Report on sanitation, dispensaries, and jails in Rajputana for 1909, and on vaccination for the year 1909-1910 - 1909-1910
Year: 1909
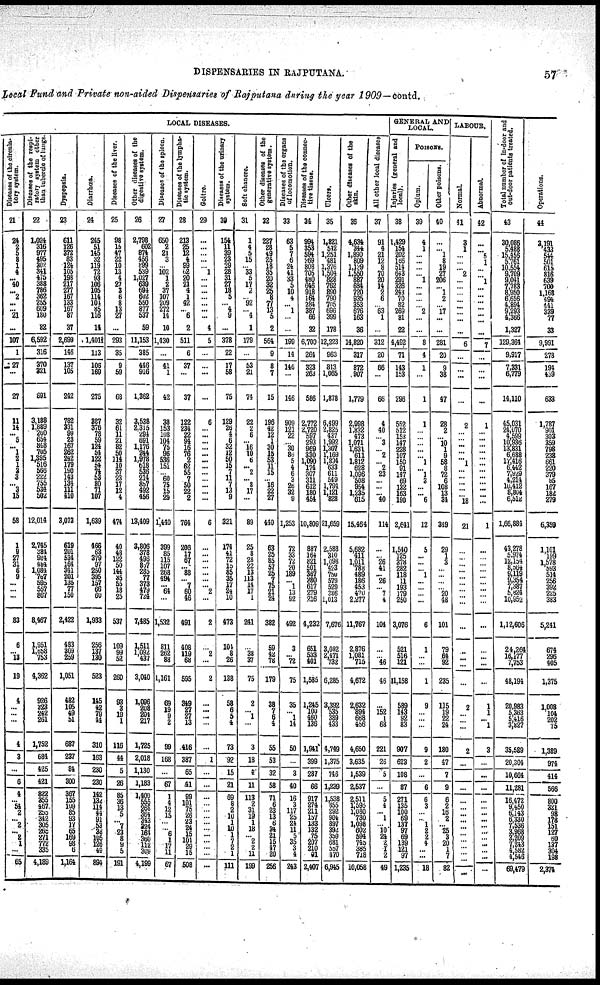
DISPENSARIES IN RAJPUTANA.
57
Local Fund and Private non-aided Dispensaries of Rajputana during the year 1909—contd.
LOCAL DISEASES.
Diseases
of the circula¬
tory system.
21
24
2
5
8
1
4
... 40
... 2
...
... 21
...
107
1
27
...
27
11
14
... 5
...
1 2
1
2 3
...
3 15
58
1
9
27
31
6
9 ...
...
...
83
6
...
13
19
4
...
... ...
4
3
...
6
4
... 54
2
...
2
...
2
1
... 65
Diseases of the respi¬
ratory system other
than tubercle of lunge.
22
1,024
316
977
495
302
341
475
388
786
362
255
609
180
82
6,592
316
370
321
891
3,188
1,889
260
654 848
705
1,395 516
566
222 755
554 502
12,014
2,745
384
984
484
1,084
767
595
557
867
8,467
1,951
1,658
753
4,362
926
323
242
261
1,752
684
425
421
822
355
467
255
342
305
265
271
772
335
4,189
Dyspepsia.
23
611
126
372
83
124
105 198
217
277
167 133
167
87
37
2,699
146
137
105
242
782 331
99 23
167
262
242 179
190 143
134
111 410
3,073
619
201
534
164
341
201
135
77
150
2,422
483
309
259
1,051
482
105
49
51
687
237
84
300
367
155
109
85
93
17
65
169
98
6
1,164
Diarrhœa.
24
245
51
145
32
119 72
93
106
105
114
104
85
116
14
1,4011
113
108
169
275
387 376
78
59
124
54
122
54
74
53
80
71
107
1,639
466
63
379
97
250
395
157
66
60
1,933
256
137
130
523
145
42
79
44
310
163
230
230
142
132
114
44
91
53
38
105
126
49
894
Diseases of the liver.
25
98
15
47 22
10
13
4
27
3
6
8
13
27
...
293
35
9
59
68
32
61
11
21
82
50
114
10
37
23
17
12
4
474
40
48
122
50
144
35
55 18
25
537
109
99
52
260
93
3
19
1
116
44
5
26
85
36 13
5
...
7 23
8
9
5
191
Other diseases of the
digestive system.
26
2,798
602
874
456
899
539
1,027 639
694
602
550
877
537
59
11,153
385
446
916
1,362
3,538
2,315
294
691
1,176
244
1,978
618
536
214
857 492
456
13,409
3,806
378
496
857
285
77 373
479 724
7,485
1,511
1,092
437
3,040
1,096
208
204
1,725
2,018
1,130
1,183
1,400 555
268
364 343 324 164
360
112
309
4,199
Diseases
of the spleen.
27
650
2
21
3
... 102
1
2
37
107
209
272
14
10
1,430
...
41
1
42
38
153
108
104
75
96
536
151
... 60
75
15
29
1,440
399
85
115
107
268
494
...
64
...
1,532
811
262
88
1,161
69
19
9
2
99
168
...
67
1
4
12
15
...
... 6
1
17
11
67
Diseases of the lympha¬
tic system.
28
213
25
12
4
99
52
20 21
4
1
42
... 6
2
511
6
37
...
37
122
234
22
94
16
76
2
62
55
7
50
22
2
764
206
17
67
...
88
...
7
60
46
491
408
119
68
595
349
27
27
13
416
387
65
41
99
101
75
26
23
24
15
101
29
15
508
Goitre.
29
...
...
...
...
... 1
...
...
...
...
...
...
...
4
5
...
...
...
...
6
...
...
...
...
...
...
...
...
...
...
...
...
6
...
...
...
...
...
...
...
2
...
2
...
2
...
2
...
...
...
...
...
1
...
...
...
...
...
... ...
...
...
...
...
...
...
Diseases of the urinary
system.
30
154
11 39
23
29
28
31
27
18 5
... 4
9
...
378
22
17
58
75
129
26
4
6 ...
12
50
15
7 11
7
13
9
321
174
41
72
15
85
35
17
24
10
473
104
8
26
138
58
6
5
4
73
92
15
21
69 8
2
10
1
10
1
7
2
1
111
Soft chancre.
31
1
4
5
15
... 33 5
17
2
... 92
... 4
1
179
...
53
21
74
22
2
6
...
16
10
6
...
2
... 8
17
...
89
25
8
28
22
13
113
14
17
1
241
...
38
37
75
2
... 1
...
3
18
4
11
113
2
31
19
1
18
... 2
2
11
199
Other diseases of the
generative system.
32
227
28 49
25
18
35
20
32
25
8 77
13
5
2
564
9
8
7
15
196
42
12
1 30
15
53
11
15
... 16
22
27
440
63
25
85
57
25
7
75
21
24
382
59
42
78
179
38
7
6
4
55
53
32
58
71
6
23
13
6
34
21
15
47
20
256
Diseases
of the organs
of locomotion.
33
63
5
7
6
24
41
33
5
10
4
... 1
...
...
199
11
146
...
146
909
121
22
... 30
86
5
4
6
3
26
32
9
1,253
72
33
72
20
189
...
1
13
92
492
3
... 72
75
35
... 1
14
50
...
3
40
16
3
117
25
24
11
5
35
3
4
243
Diseases
of the connec¬
tive tissue.
34
994 353
594
769
808
705
480
646
918
164
284
387 66
32
6,700
264
323
263
586
2,772
2,720
597
293
969
330
1,090
174
307
311
612
180
454
10,809
887
164
821
501
367
380 617
279
716
4,232
651
533
401
1,585
1,245
100
460
136
1,941
399
287
66
917
274
211
157
133
132
75
207
210
91
2,407
Ulcers.
35
1, 821 512
1,251
481
1,376
1,504
828
762
890
790
705
696
399
178
12,223
963
813
1,065
1,878
6,499
2,825
437
1,992
1,307
1,169
1894
633
611
549
1,794
1,121
828
21,659
2,588
310
1,098
423
750
579
529
386
1,013
7,676
3,082
2,471
732
6,285
3,392
535
389
433
4,749
1,375
746
1,239
1,538
855 292
904
897
392
359
681
557
470
6,945
Other diseases of the
skin.
36
4,634
344
1,890
809
1,139
1,550
887
634
720
935
353
676
163
36
14,820
317
872
907
1,779
2,998
l,832
473
1,071
1,631
611
1,812
628
1,096
508
954
1,235
615
15,464
5,682
411
1,011
788
489
186
453
470
2,277
11,767
2,876
1,081
715
4,672
2,632
894
668
456
4,650
3,635
1,539
2,537
2,511
1,595
1,080
730
1,098
602
594
745
385
718
10,058
All other local diseases
37
91
4
21
12
8
70
20
14
2
6
... 63
1
...
312
20
66
...
66
4
40
... 3
... 2
... 2
23
...
...
... 40
114
...
...
26
41
...
26
...
7
4
104
...
...
46
46
...
152
1
68
221
26
5
...
5
4
... 1
... 10
24
2
1
2
49
GENERAL AND
LOCAL.
Injuries (general and
local).
38
1,429
154
202
166
514
643
291
326
243
70
82
269
81
22
4,492
71
143
153
296
552
512
153
147
228
107
150
91
147
69
132
163
190
2,641
1,540
125
378
282
118
11
193
179
250
3,076
521
516
121
11,158
589
143
92
83
907
623
108
87
271
135
100
69
137
97
69
139
121
97
1,235
POISONS.
Opium.
39
4
1
...
...
...
... 1
...
...
...
... 2
...
...
8
4
1
...
1
1
...
...
...
...
... 1
... 1
2
...
... 6
12
5
...
...
...
1
...
...
...
...
6
1
...
...
1
9
...
... ...
9
2
...
6
6
3
...
... 1
2
2
4
...
...
18
Other potions.
40
...
... 1
8
19
27
206
... 1
2
... 17
...
...
281
20
9
38
47
28
2
... 10
1
9
58
8
72
6
108
13
34
349
29
1
3
...
...
...
...
20
48
101
79
64
92
235
115
19
22
24
180
47
7
9
6
2
16
2
... 25
3
20
1
7
82
LABOUR.
Normal.
41
3
1
...
...
... 2
...
...
...
...
...
...
...
...
6
...
...
...
...
2
...
...
...
...
...
1
...
...
...
...
...
18
21
...
...
...
...
...
...
...
...
... ...
..
...
...
...
2
...
... ...
2
...
...
...
...
...
... ...
...
...
...
...
...
...
Abnormal.
42
...
... 5
1
...
... 1
...
...
...
...
...
...
...
7
...
...
...
...
1
...
...
...
...
...
...
...
...
...
...
... ...
1
...
...
...
...
...
...
...
...
... ...
...
...
...
...
1
1
... 1
3
...
...
...
...
...
...
... ...
...
...
...
...
...
...
Total number of in-door and
out-door patients treated.
43
30,086
5,488
15,456
5,76l
10,554
9,709
9,041
7,783
8,950
6,656
4,894
9,293
4,366
1,327
129,364
9,917
7,331
6,779
14,110
45,031
24,070
4 599
10,936
13,831
6,688
17,416
6,442
7,929
4,214
10,412
8,804
6,512
1,66,884
43,278
5,974
12,154
8,564
9, 119
9,354
7,387
5,824
10,952
1,12,606
24,264
16,177
7,753
48,194
20,983
5,363
5,416
3,827
35,589
20,304
10,664
11,281
16,472
9,450
6,143
6,330 7 536
3,968
3,209
7,243
4,582
4,546
69,479
Operations.
44
2,191
433
544
501
615
816
639
700
1,168
494
441
339
77
33
9,991
278
194
439
633
1,787
901
303
359
798
238
661
220
379
85
167
182
279
6,359
1,101
199
1,578
593
514
256
392
225
383
5,241
674
296
405
1,375
1,008
104
202
75
1,389
974
414
566
800
321
98
178 151
127
60
137
304
198
2,374